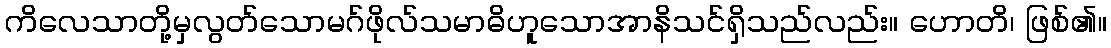
ကိလေသာတို့မှလွတ်သောမဂ်ဖိုလ်သမာဓိဟူသောအာနိသင်ရှိသည်လည်း။ ဟောတိ၊ ဖြစ်၏။